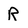
Character: R